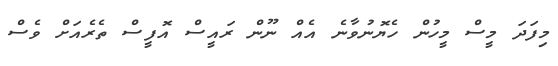
މިފަދަ މީސް މީހުން ހެޔޮނުވާނެ އެއް ނޫން ރައީސް އޮފީސް ތެރެއަށް ވެސް